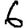
Digit: 6